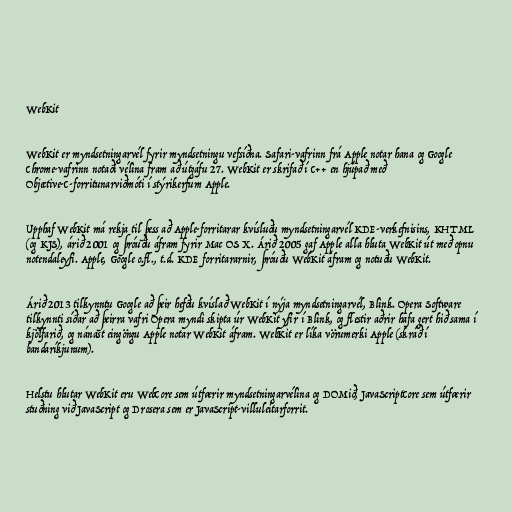
WebKit

WebKit er myndsetningarvél fyrir myndsetningu vefsíðna. Safari-vafrinn frá Apple notar hana og Google
Chrome-vafrinn notaði vélina fram að útgáfu 27. WebKit er skrifað í C++ en hjúpað með
Objective-C-forritunarviðmóti í stýrikerfum Apple.

Upphaf WebKit má rekja til þess að Apple-forritarar kvísluðu myndsetningarvél KDE-verkefnisins, KHTML
(og KJS), árið 2001 og þróuðu áfram fyrir Mac OS X. Árið 2005 gaf Apple alla hluta WebKit út með opnu
notendaleyfi. Apple, Google o.fl., t.d. KDE forritararnir, þróuðu WebKit áfram og notuðu WebKit.

Árið 2013 tilkynntu Google að þeir hefðu kvíslað WebKit í nýja myndsetningarvél, Blink. Opera Software
tilkynnti síðar að þeirra vafri Opera myndi skipta úr WebKit yfir í Blink, og flestir aðrir hafa gert hið sama í
kjölfarið, og nánast eingöngu Apple notar WebKit áfram. WebKit er líka vörumerki Apple (skráð í
bandaríkjunum).

Helstu hlutar WebKit eru WebCore sem útfærir myndsetningarvélina og DOMið, JavaScriptCore sem útfærir
stuðning við JavaScript og Drosera sem er JavaScript-villuleitarforrit.